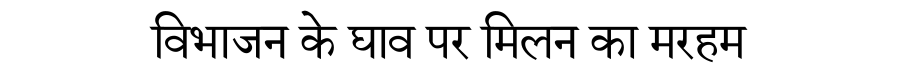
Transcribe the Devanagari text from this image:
विभाजन के घाव पर मिलन का मरहम